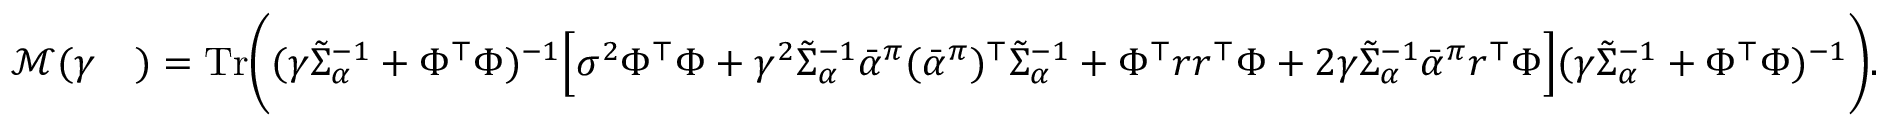
\begin{array} { r l } { \mathcal { M } ( \gamma } & { ) = \mathrm { T r } \Bigg ( ( \gamma \tilde { \Sigma } _ { \alpha } ^ { - 1 } + \Phi ^ { \top } \Phi ) ^ { - 1 } \Big [ \sigma ^ { 2 } \Phi ^ { \top } \Phi + \gamma ^ { 2 } \tilde { \Sigma } _ { \alpha } ^ { - 1 } \bar { \alpha } ^ { \pi } ( \bar { \alpha } ^ { \pi } ) ^ { \top } \tilde { \Sigma } _ { \alpha } ^ { - 1 } + \Phi ^ { \top } r r ^ { \top } \Phi + 2 \gamma \tilde { \Sigma } _ { \alpha } ^ { - 1 } \bar { \alpha } ^ { \pi } r ^ { \top } \Phi \Big ] ( \gamma \tilde { \Sigma } _ { \alpha } ^ { - 1 } + \Phi ^ { \top } \Phi ) ^ { - 1 } \Bigg ) . } \end{array}